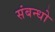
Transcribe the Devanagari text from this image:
संबन्धो